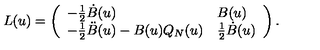
L ( u ) = \left( \begin{array} { l l } { - \frac 1 2 \dot { B } ( u ) } & { B ( u ) } \\ { - \frac 1 2 \ddot { B } ( u ) - B ( u ) Q _ { N } ( u ) } & { \frac 1 2 \dot { B } ( u ) } \\ \end{array} \right) .